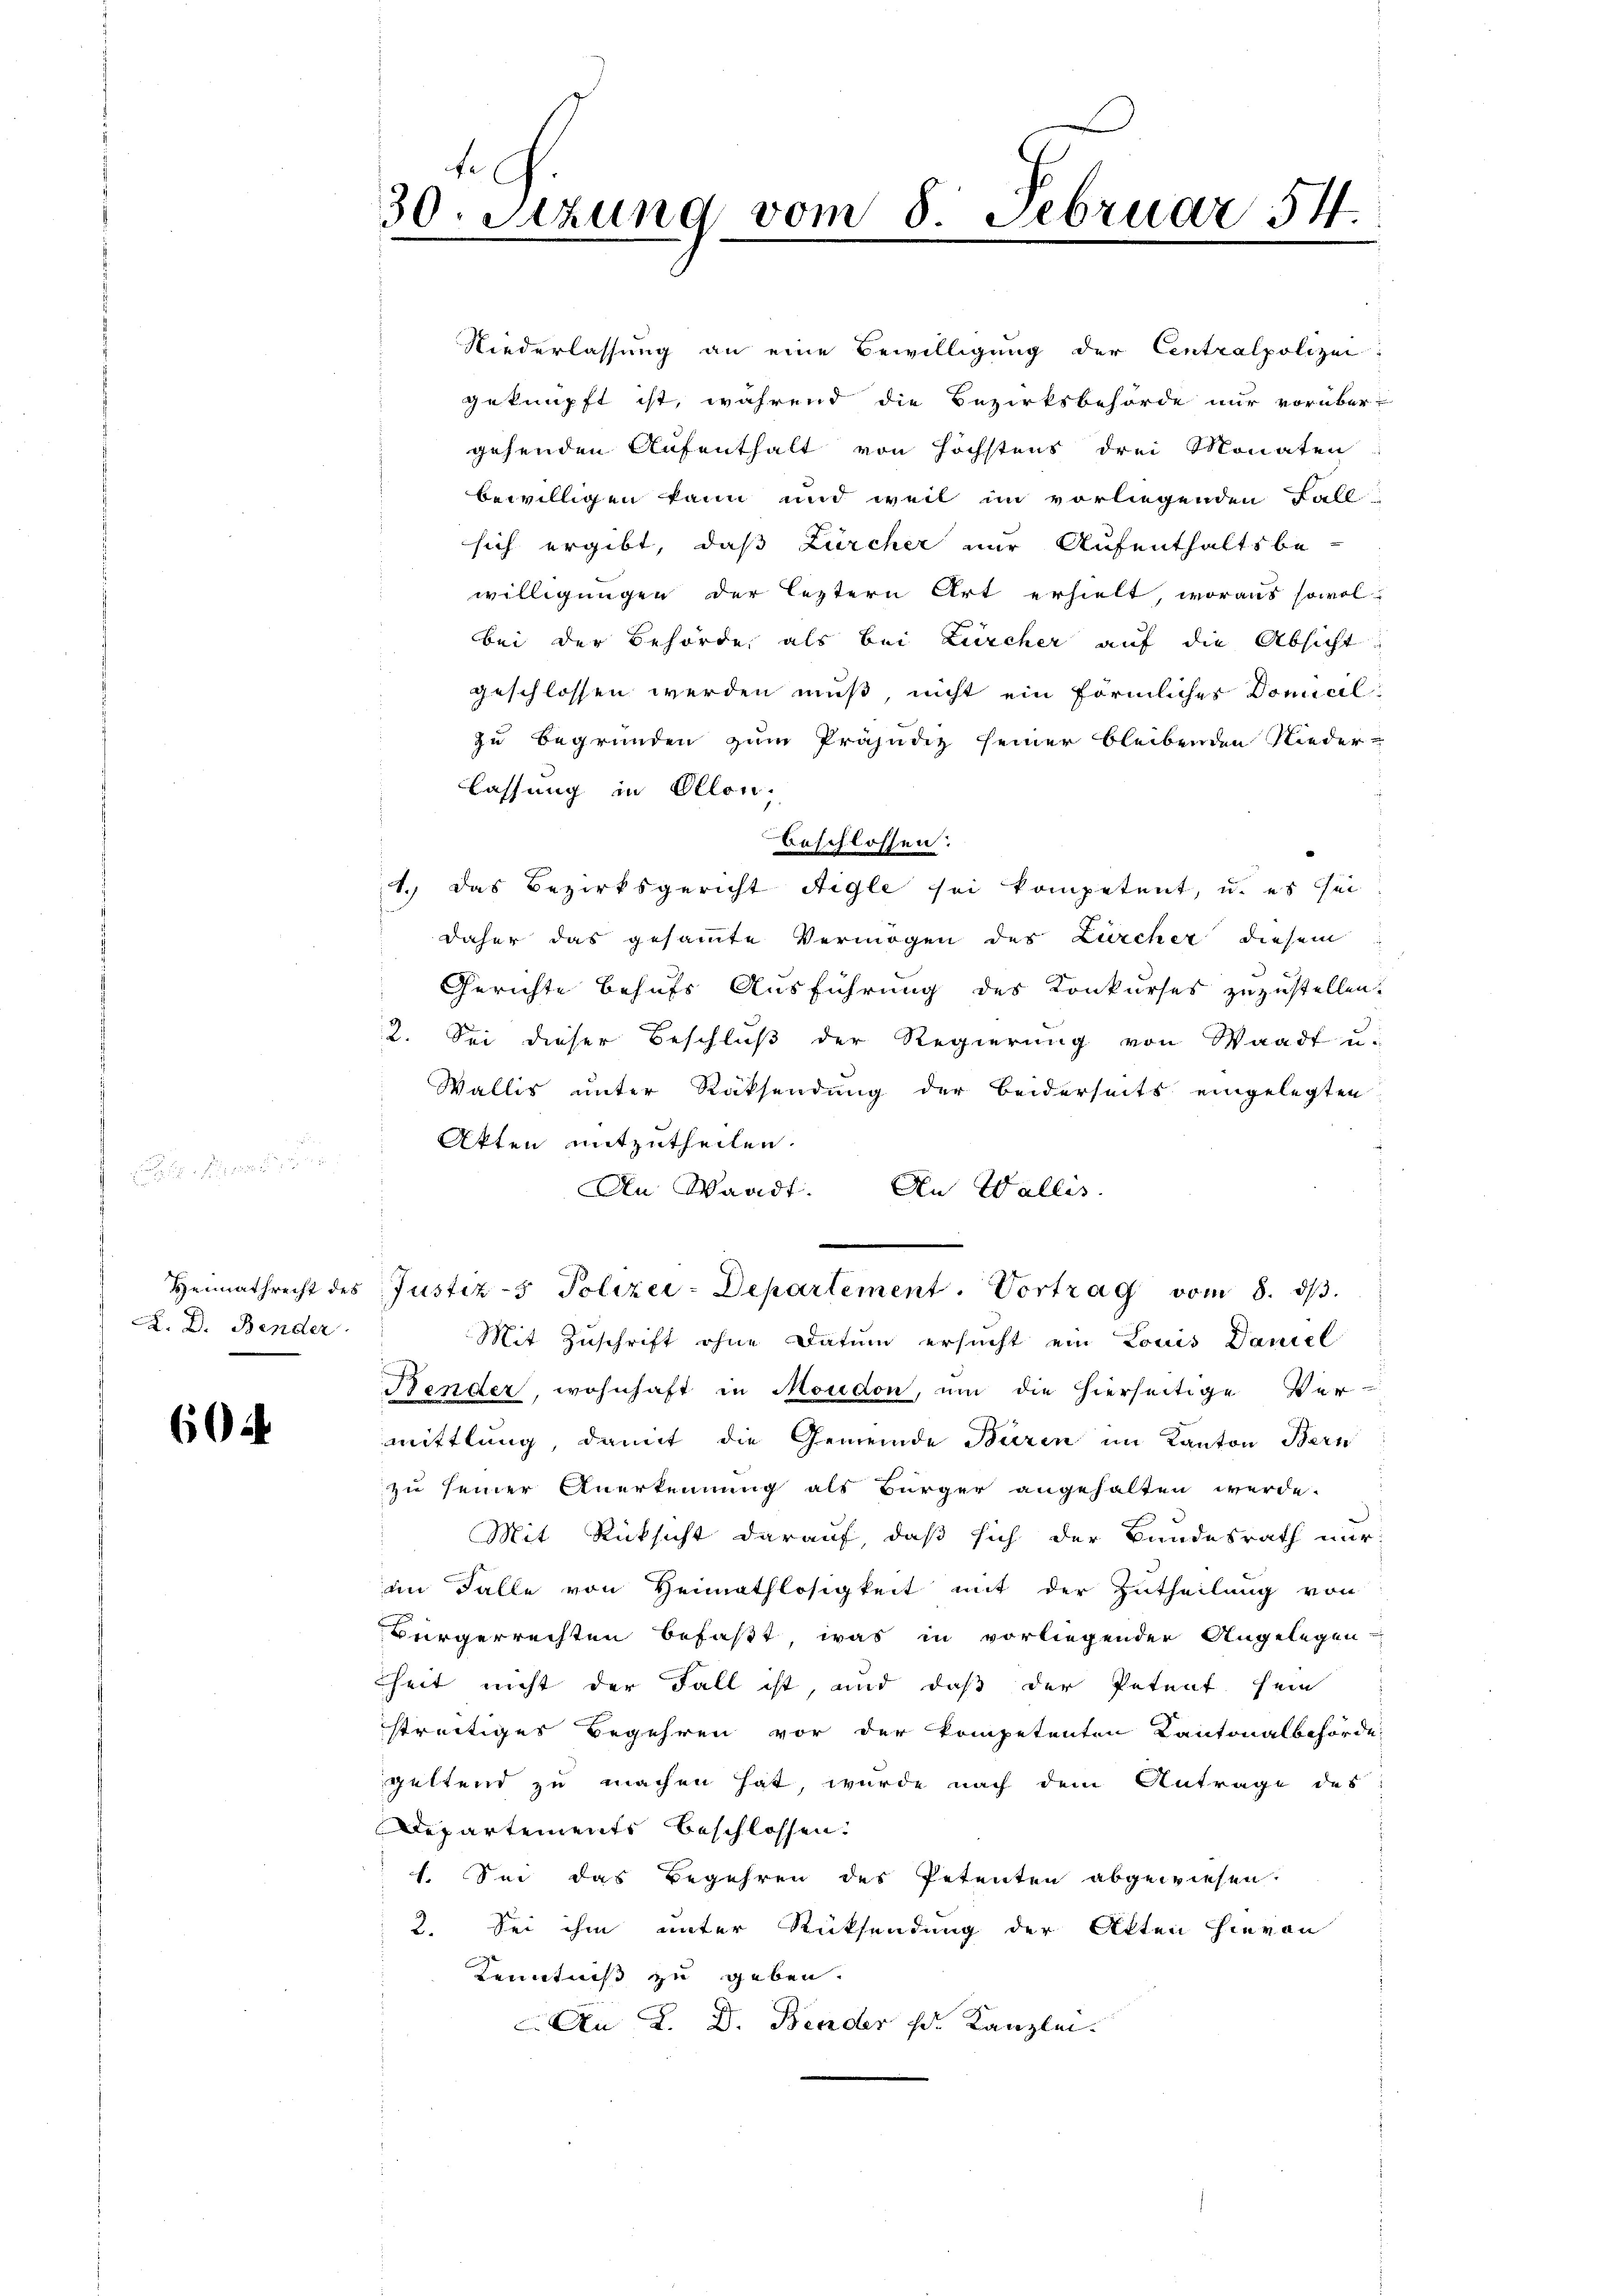
A. D. Bender

604

30. Setzung vom 8. Februar 54.
.

Niederlassung an eine Bewilligung der Centralpolizei
geknüpft ist, während die Bezirksbehörde nur vorüber-
gehenden Aufenthalt von höchstens drei Monaten
bewilligen kann und weil im vorliegenden Fall
sich ergibt, daß Zürcher nur Aufenthaltsbe-
willigungen der leztern Art erhielt, woraus sowol
bei der Behörde, als bei Zürcher auf die Absicht
geschlossen werden muß, nicht ein förmliches Donialzu Begründen zum Präjudiz seiner bleibenden Niederlassung in Ollon,
beschlossen:
1.) Das Bezirksgericht Aigle sei kompetent, u. es sei
daher das gesammte Vermögen des Zürcher diesem
Gerichte behufs Ausführung des Konkurses zuzustellen.
2. Sei dieser Beschluß der Regierung von Waadt u.
Wallis unter Rüksendung der Beiderseits eingelegten
Akten mitzutheilen.
An Waadt. An Wallis
Heimathrecht des Justiz- Polizei-Departement. Vortrag vom 8. dβ.
Mit Zuschrift ohne Datum ersucht ein Louis Daniel
Bender, wohnhaft in Moudon, um die hierseitige Ver-
mittlung, damit die Gemeinde Buren im Kanton Bern
zu seiner Anerkennung als Bürger angehalten werde.
Mit Rücksicht darauf, daß sich der Bundesrath nur
im Falle von Heimathlosigkeit mit der Zutheilung von
Bürgerrechten befaßt, was in vorliegender Angelegen
heit nicht der Fall ist, und daß der Petent sein
streitiges Begehren vor der kompetenten Kantonalbehörde
geltend zu machen hat, wurde nach dem Antrage des
Departements beschlossen:
1. Sei das Begehren des Petenten abgewiesen.
2. Sei ihm unter Rücksendung der Akten hievon
Kenntniß zu geben.
An L. D. Binder k. Kanzlei.